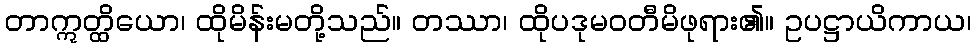
တာဣတ္ထိယော၊ ထိုမိန်းမတို့သည်။ တဿာ၊ ထိုပဒုမဝတီမိဖုရား၏။ ဥပဋ္ဌာယိကာယ၊